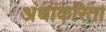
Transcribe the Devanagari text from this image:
अंधांकरिता